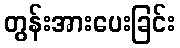
တွန်းအားပေးခြင်း